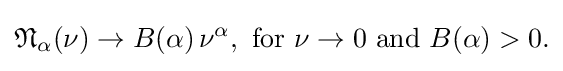
{\begin{aligned}{\mathfrak {N}}_{\alpha }(\nu )&\rightarrow B(\alpha )\,\nu ^{\alpha },{\text{ for }}\nu \rightarrow 0{\text{ and }}B(\alpha )>0.\\\end{aligned}}